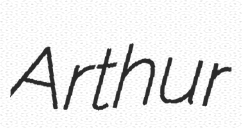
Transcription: Arthur